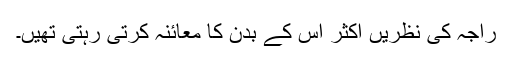
راجہ کی نظریں اکثر اس کے بدن کا معائنہ کرتی رہتی تھیں۔